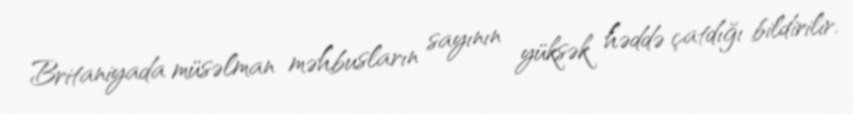
Britaniyada müsəlman məhbusların sayının yüksək həddə çatdığı bildirilir.